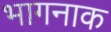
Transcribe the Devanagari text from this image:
भागनाक